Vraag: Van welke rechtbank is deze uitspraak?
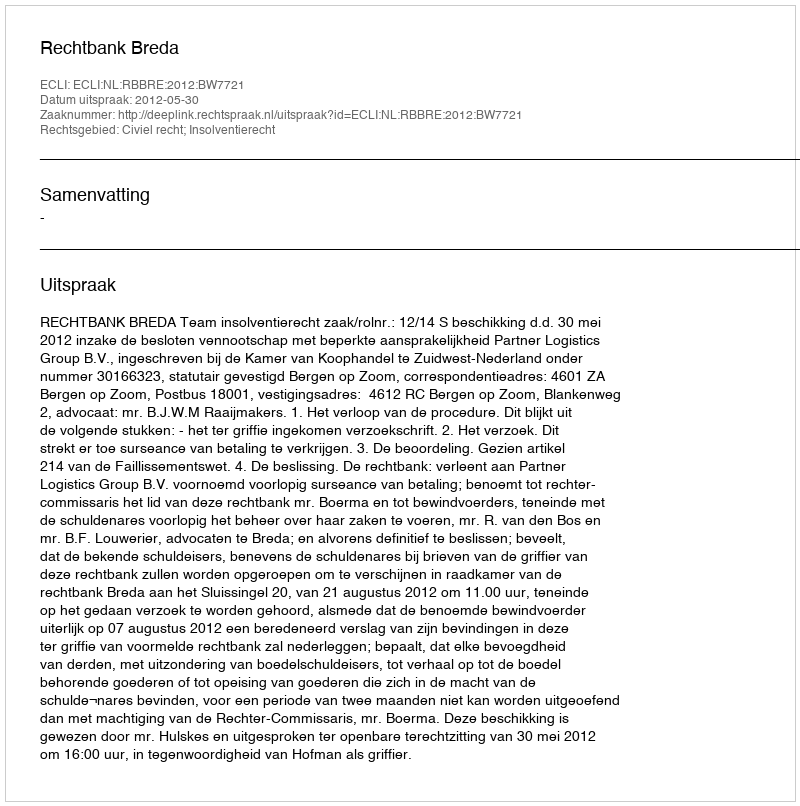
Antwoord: Rechtbank Breda